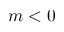
m < 0